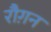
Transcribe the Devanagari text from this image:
रौग़न